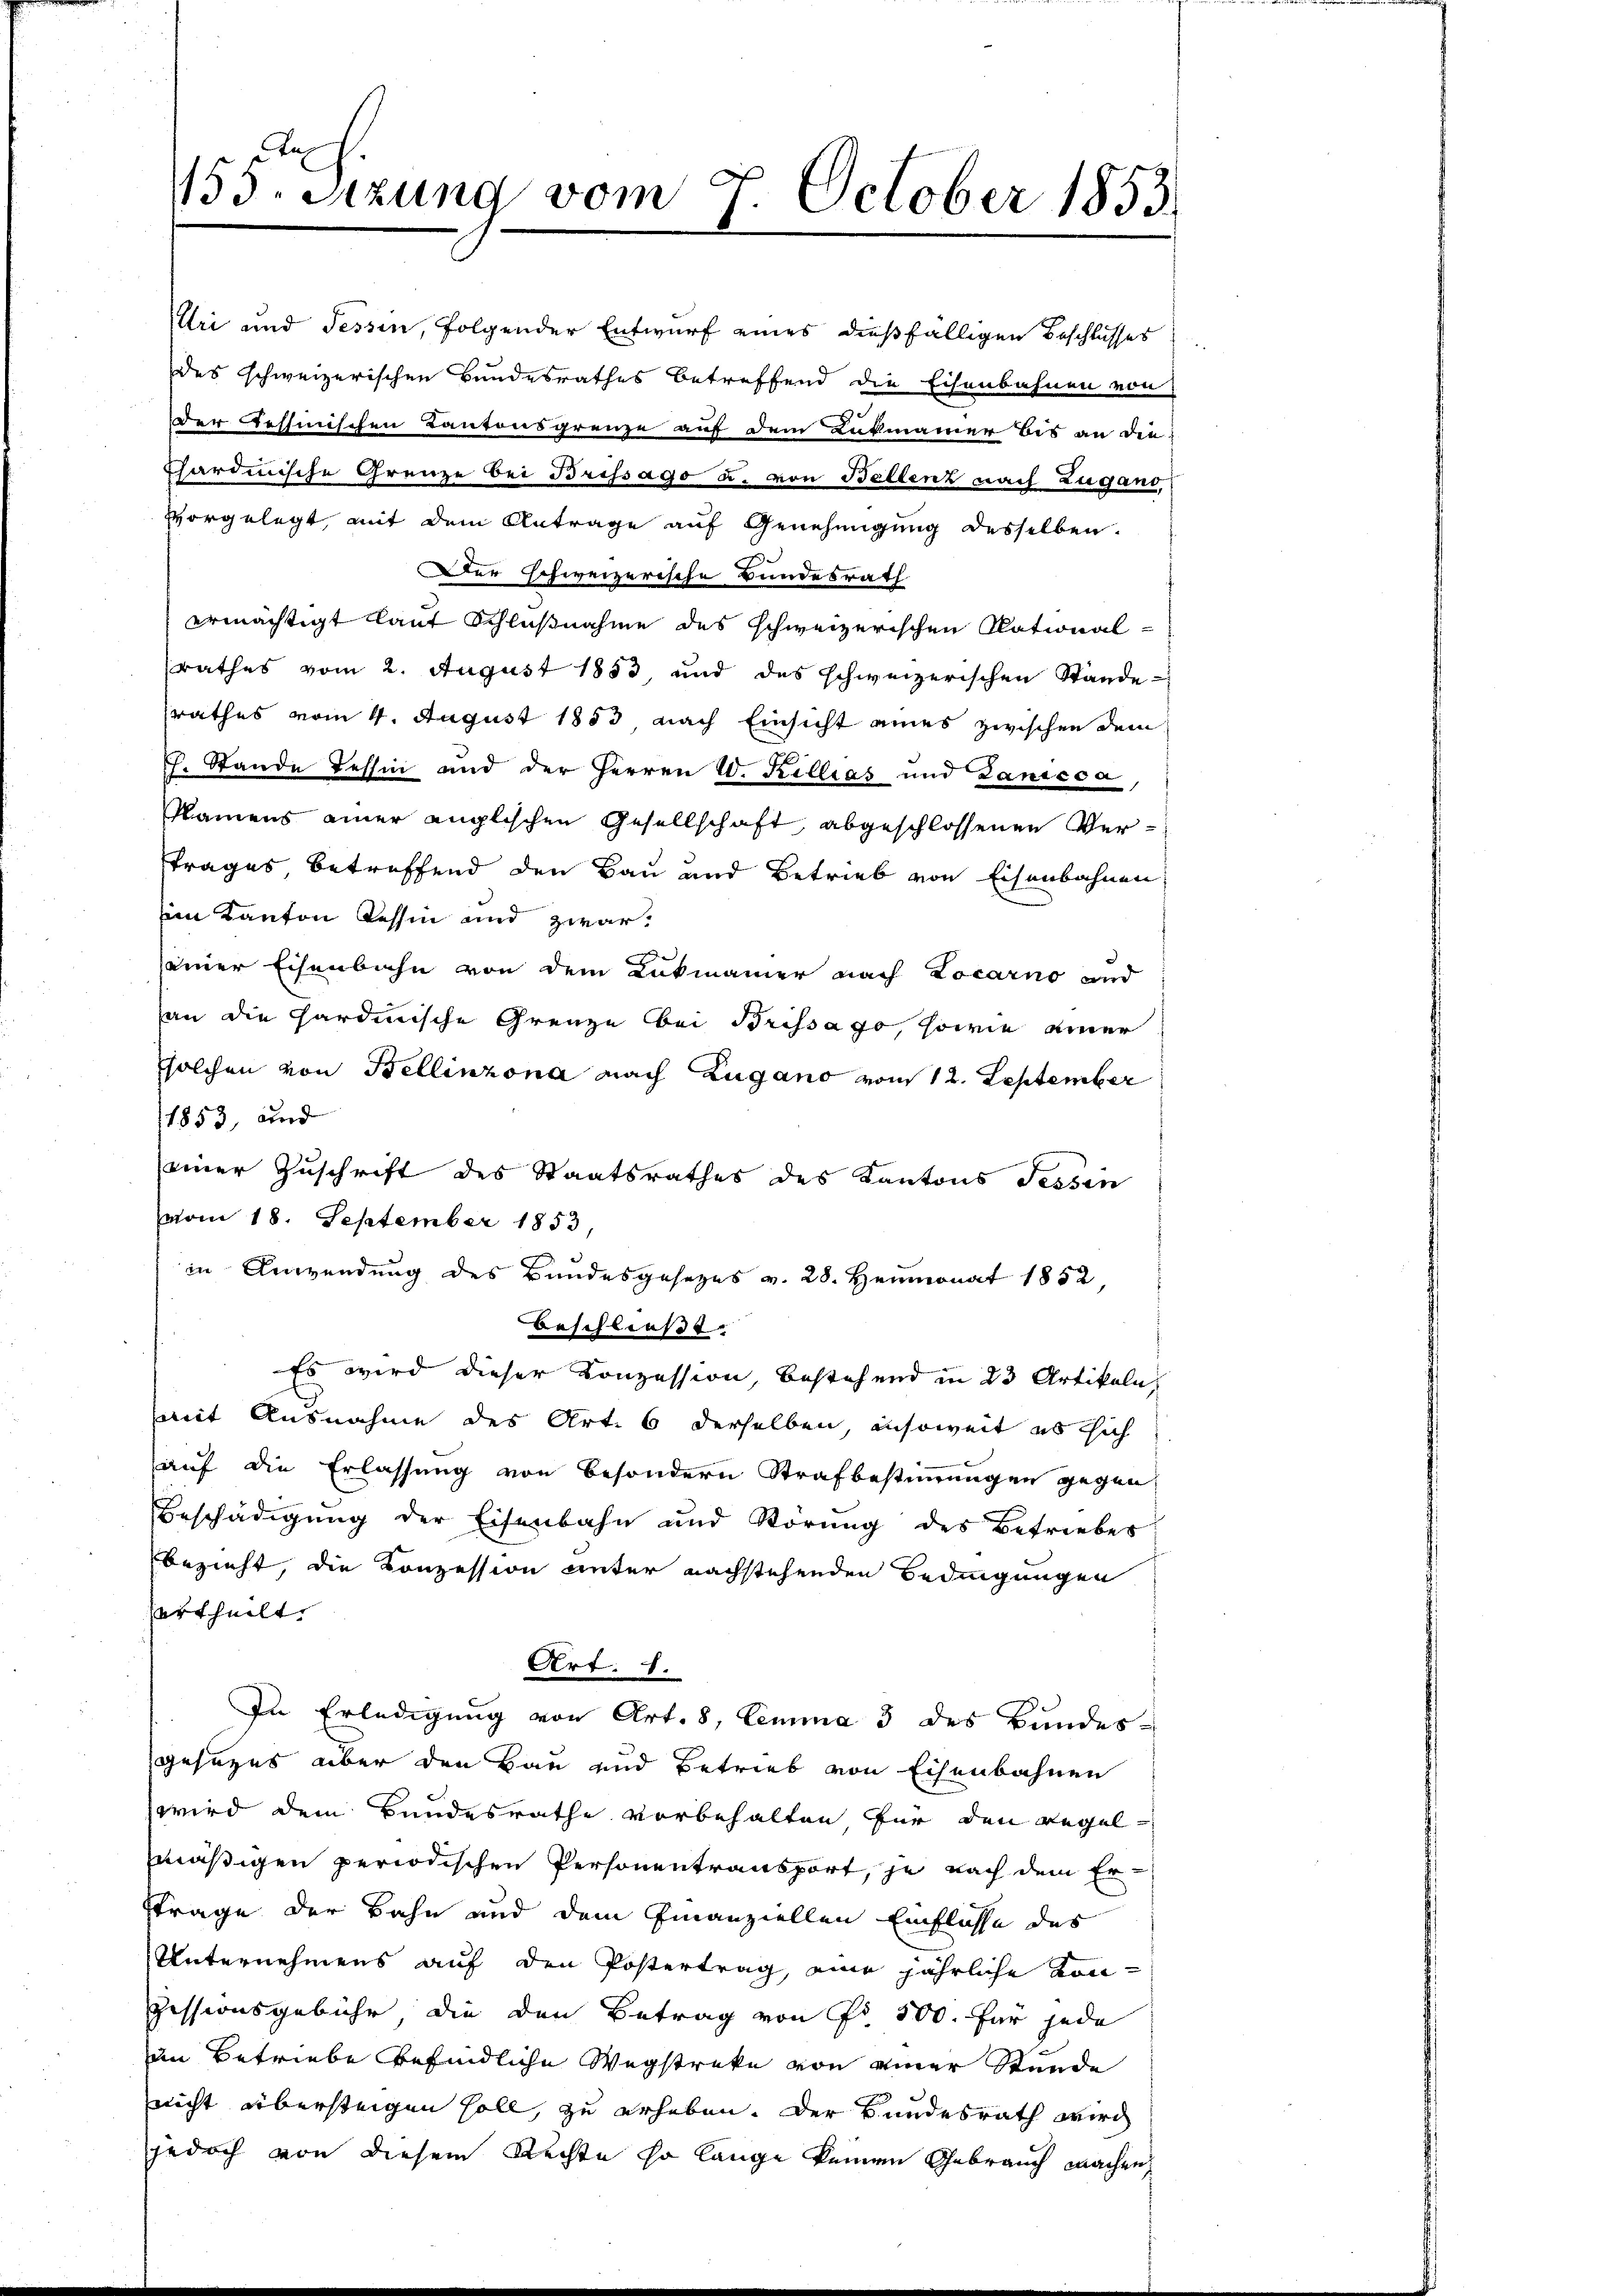
1853, und
einer Zuschrift des Staatsrathes des Kantons Tessin
vom 18. September 1853,
in Anwendung des Bundesgesezes v. 28. Heumonat 1852
beschließt:
Es wird dieser Konzession bestehend in 23 Artikeln,
mit Ausnahme des Art. 6 derselben, insoweit es sich
auf die Erlassung von besondern Strafbestimmungen gegen
Beschädigung der Eisenbahn und Störŭng des Betrieber
bezieht, die Konzession unter nachstehenden Bedingungen
urtheilt.
Art: 1.
In Erledigung von Art. 8, Lemma 3 des Bundesgesezes über den Bau und Betrieb von Eisenbahnen
wird dem Bundesrathe vorbehalten für den Regel-
mäßigen periodischen Personentransport, je nach dem Erstrage der Bahn und dem Finanziellen Einflüsse des
Unternehmens auf den Postertrag, eine jährliche Konpessionsgebühr die den Betrag von Pr 500. für jede
im Betriebe befindliche Wegstreke von einer Stunde
nicht übersteigen soll, zu erheben. Der Bundesrath wird
jedoch von diesem Rechte so lange keinen Gebrauch machen,

153. Sitzung vom 7. October 1853.

Uri und Tessin, folgender Entwurf eines dießfälligen Beschlusses
des schweizerischen Bundesrathes betreffend die Eisenbahnen von
der Tessinischen Kantonsgrenze auf dem Lukmanner bis an die
Chardinische Grenze bei Brissago u. von Bellenz nach Zugans,
vorgelegt, mit dem Antrage auf Genehmigung desselben.
Der schweizerische Bundesrath
ermächtigt laut Schlußnahme des schweizerischen Rational-
rathes vom 2. August 1853 und des schweizerischen Stande-
srathes vom 4. August 1853 nach Einsicht eines zwischen dem
G. Stande Tessin und der Herren W. Killias und Lanicca,
Namens einer englischen Gesellschaft, abgeschlossenen Ver¬
Trages betreffend den Bau und Betrieb von Eisenbahnen
im Kanton Tessin und zwar:
seiner Eisenbahn von dem Lukmanier nach Locarno und
an die hardinische Grenze bei Brissago, sowie einer
solchen von Bellinzona nach Zugano von 12. September